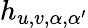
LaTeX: h_{u,v,\alpha,\alpha^{\prime}}